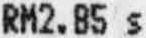
RM2.85 S